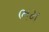
ભમ